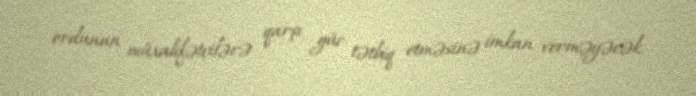
ordunun müxalifətçilərə qarşı güc tətbiq etməsinə imkan verməyəcək.